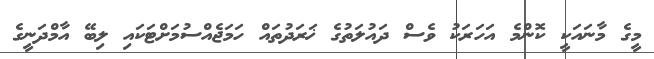
މީގެ މާނައަކީ ކޮންމެ އަހަރަކު ވެސް ދައުލަތުގެ ޚަރަދުތައް ހަމަޖެއްސުމަށްޓަކައި ލިބޭ އާމްދަނީގެ